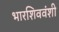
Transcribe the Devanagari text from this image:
भारशिववंशी